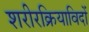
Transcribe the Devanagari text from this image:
शरीरक्रियाविदों